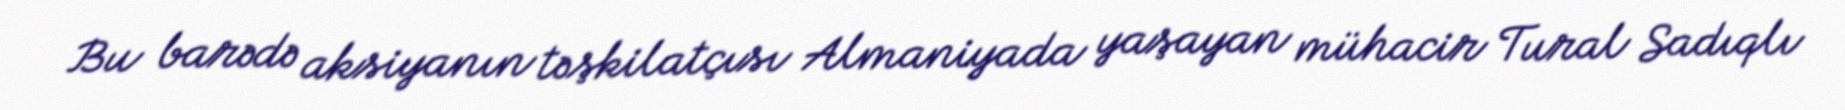
Bu barədə aksiyanın təşkilatçısı Almaniyada yaşayan mühacir Tural Sadıqlı